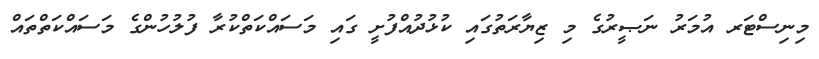
މިނިސްޓަރ އުމަރު ނަޞީރުގެ މި ޒިޔާރަތުގައި ކުޅުދުއްފުށީ ގައި މަސައްކަތްކުރާ ފުލުހުންގެ މަސައްކަތްތައް